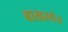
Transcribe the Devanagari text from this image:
बाखरगंज